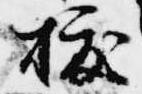
抜